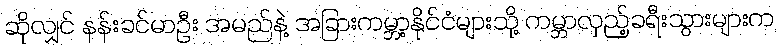
ဆိုလျှင် နန်းခင်မာဦး အမည်နဲ့ အခြားကမ္ဘာ့နိုင်ငံများသို့ ကမ္ဘာလှည့်ခရီးသွားများက